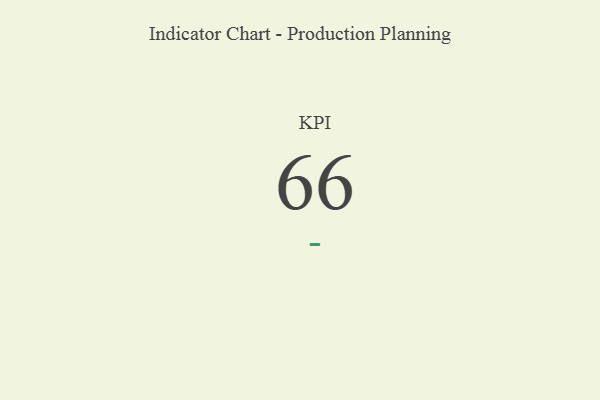
{"axis": {"x": "KPI", "y": "Value"}, "legend": [""], "data": [{"x": "KPI", "y": 66, "type": ""}]}